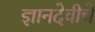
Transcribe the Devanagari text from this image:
ज्ञानदेवीचे